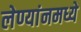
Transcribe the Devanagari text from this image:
लेण्यांनमध्ये